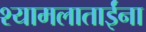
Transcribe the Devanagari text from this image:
श्यामलाताईंना